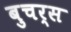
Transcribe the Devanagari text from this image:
बुचर्स